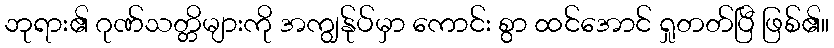
ဘုရား၏ ဂုဏ်သတ္တိများကို အကျွန်ုပ်မှာ ကောင်း စွာ ထင်အောင် ရှုတတ်ပြီ ဖြစ်၏။